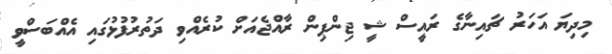
މިދިޔަ އަހަރު ޗައިނާގެ ރައީސް ޝީ ޖިންޕިން ރާއްޖެއަށް ކުރެއްވި ދަތުރުފުޅުގައި އެއްބަސްވީ